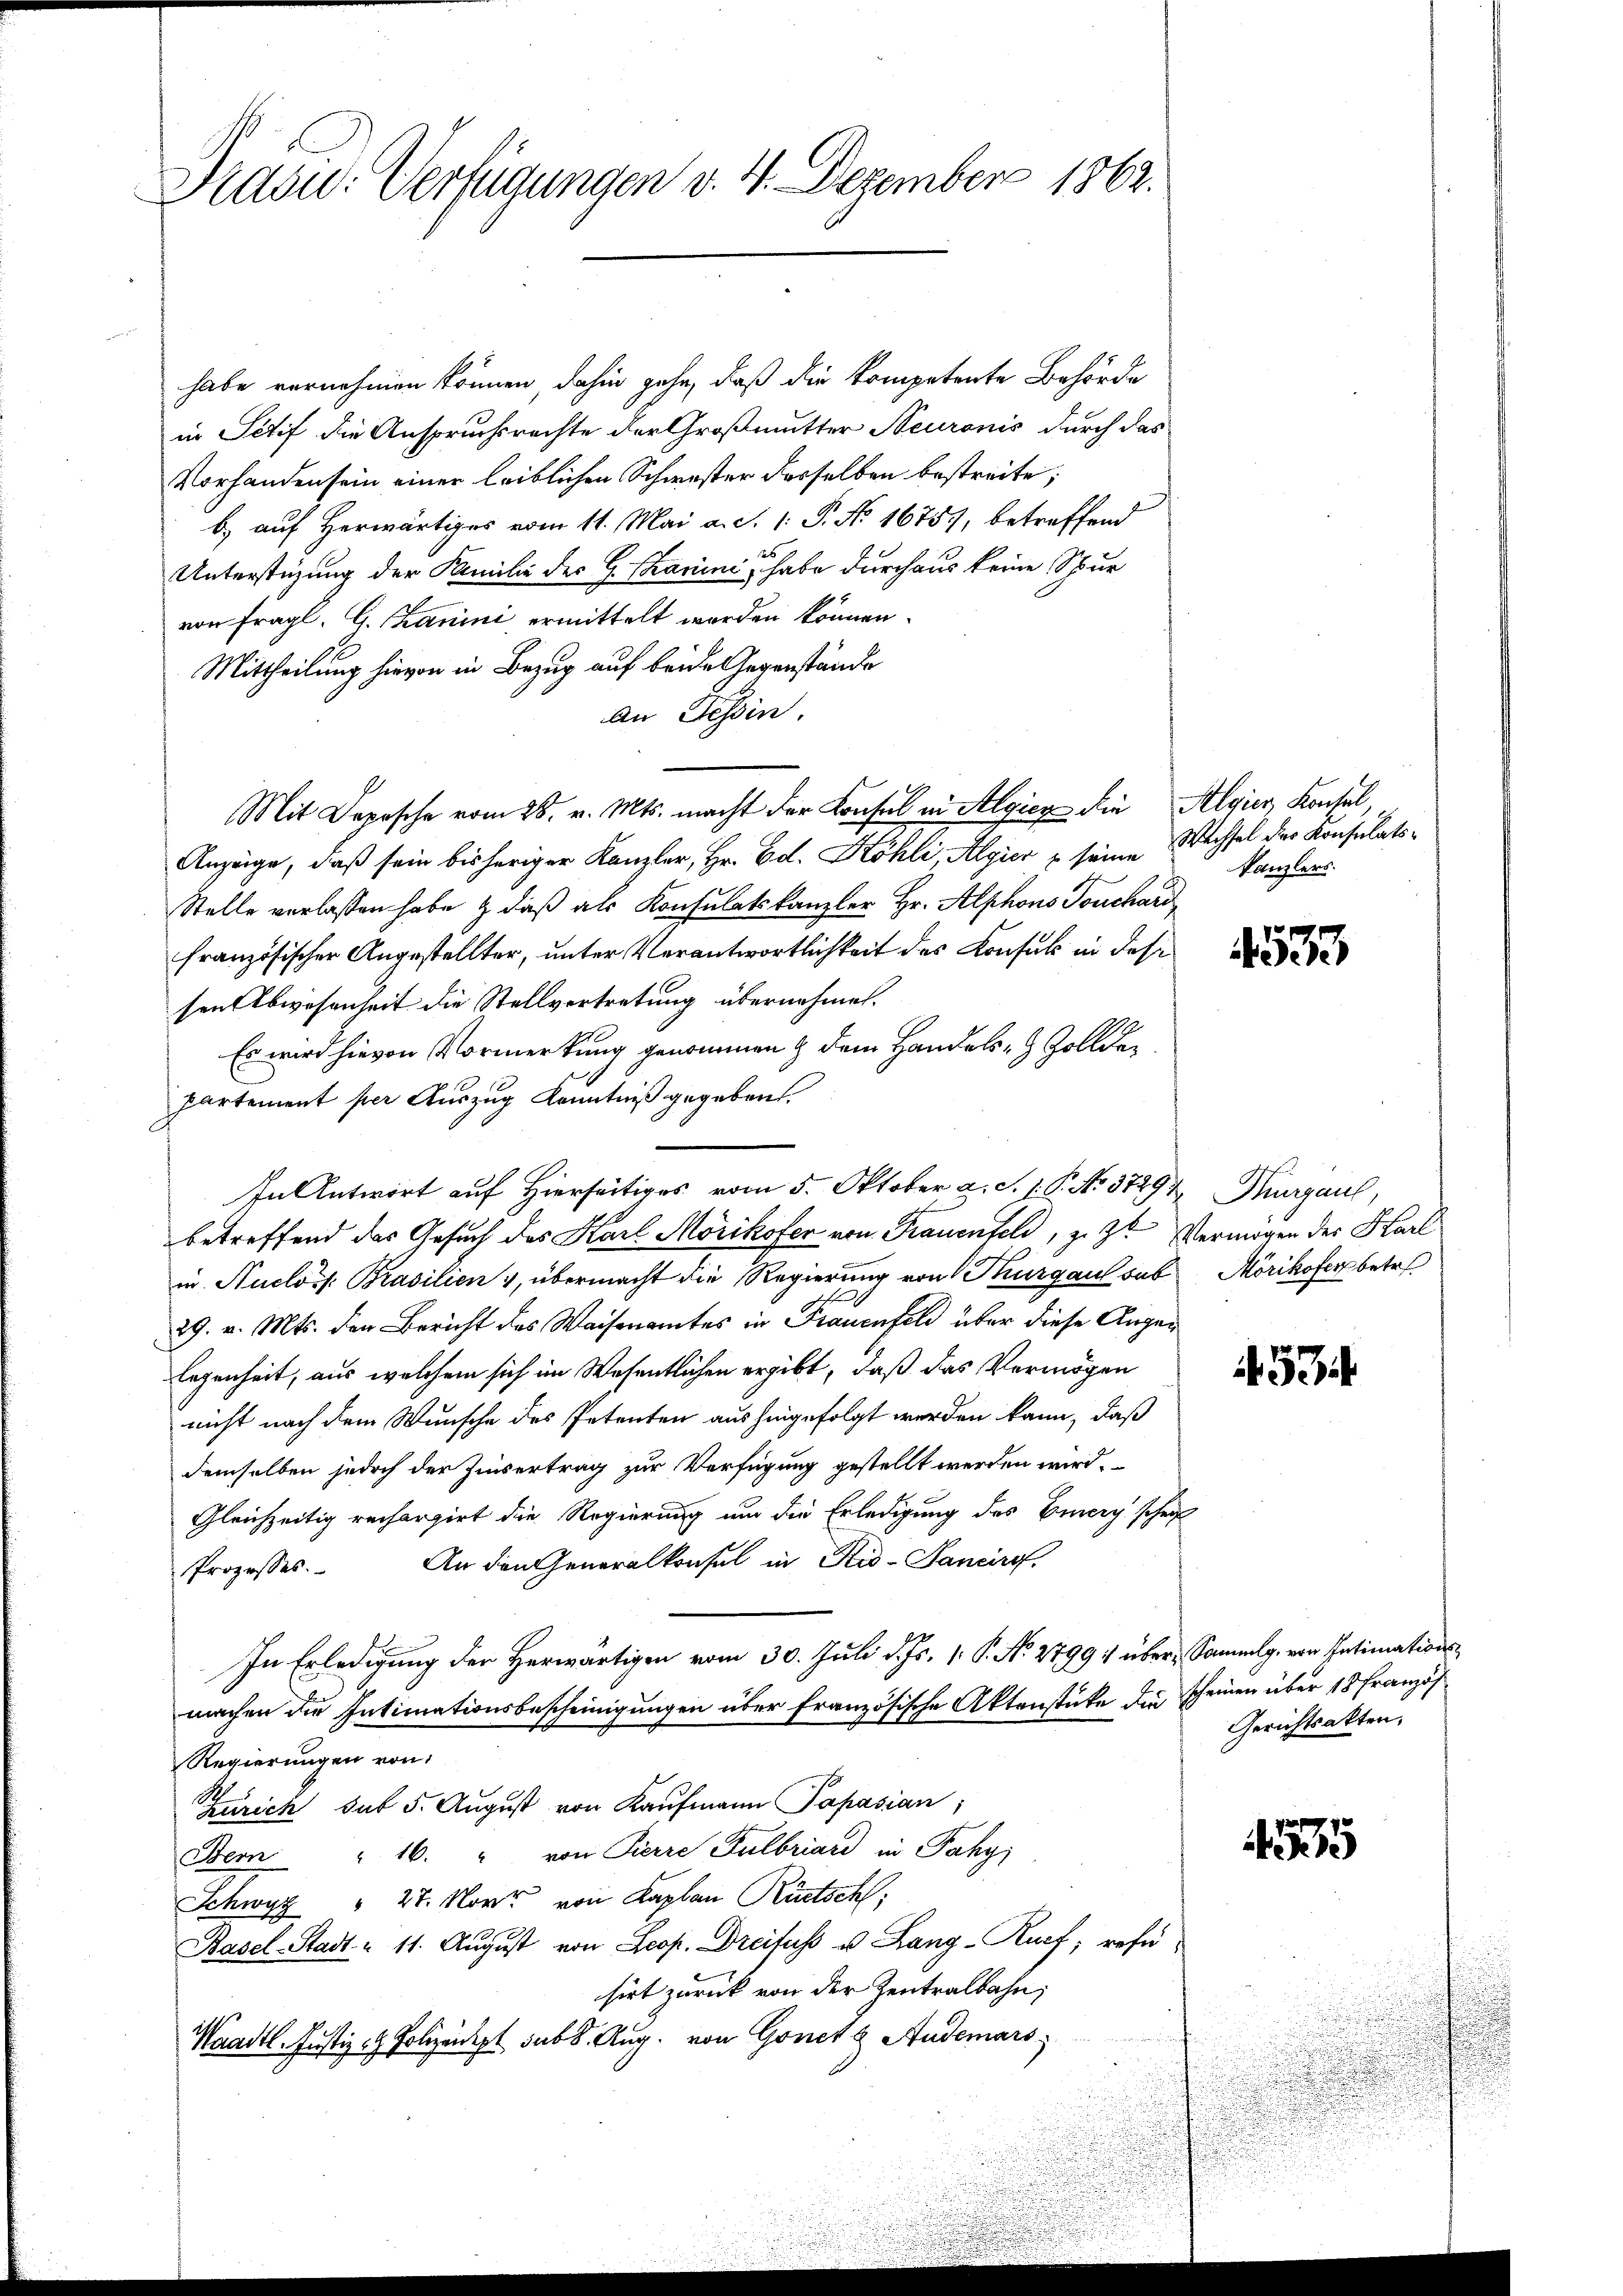
Prasw. Verfügungen v. 4. Dezember 1862.

habe vernehmen können dahin gehe, daß die kompetente Behörde
in Petif die Anspruchsrechte der Großmutter Neuronis durch das
Vorhanden sein einer leiblichen Schwester desselben bestreite;
b.) auf Herwärtiges vom 11. Mai a. S. 1: P. No. 1675, betreffend
Unterstüzung der Familie der G. Sanini, habe durchaus keine Spur
von fragl. G. Kanini ermittelt werden können.
Mittheilung hievon in Bezug auf beide Gegenstände
an Tessin.
Mit Deposche vom 28. v. Mts. macht der Konsul in Algiez die Algier Konsul,
Anzeige, daß sein bisheriger Kanzler, Hr. Ed. Köhli, Algier & seine Wechsel der Konsulats¬
Stelle verlassen habe & daß als Konsulatskanzler Hr. Alphons Teuchard
französischer Angestellter, unter Verantwortlichkeit des Konsuls in dese
sen Abwesenheit die Stellvertretung übernehmen.
Es wird hievon Vormerkung genommen & dem Handels Zollder
partement per Auszug Kenntniß gegeben.
In Antwort auf Hierseitiges vom 5. Oktober a. S. J. P. No 37291 Thurgau,
betreffend das Gesuch des Karl Mörikofer von Frauenfeld, z. Z. Vermögen der Karl
in Nuclos Prasilien & übermacht die Regierung von Thurgau sub Mörikofer betr.
29. v. Mts. den Bericht des Waisenamtes in Frauenfeld über diese Augenlegenheit, aus welchem sich im Wesentlichen ergibt, daß das Vermögen
nicht nach dem Wunsche des Petenten aushingefolgt werden kann, daß
demselben jedoch der Zinsertrag zur Verfügung gestellt werden wird.
Gleichzeitig rechargirt die Regierung um die Erledigung des Einery schrif
An den Generalkonsul in Rid-Pancirof.
Prozesses.
In Erledigung der Herwärtigen vom 30. Juli d. Js. 1. P. No. 2799: über Sammlg. von Intimationsmachen die Intimationsbescheinigungen über französische Aktenstüke die scheinen über 18 Französ
Regierungen von
Zürich sub 5. August von Kaufmann Papasian;
Seon " 16. " von Pierre Fulbriard in Pahgi
Schwyz " 27. Novr von Kaplan Rutschl,
Basel-Stadt u 11. August von Seop. Dreifuss u. Lang-Ruef; refüsirt zurück von der Zentralbahn;
Waadt. Justiz & Polizeidigt sub 8. Aug. von Gonet & Audemars

Kanzlers.

533

57

Gerichtsakten,

5